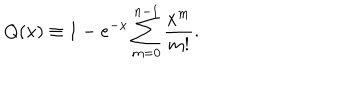
LaTeX: Q ( x ) \equiv 1 - e ^ { - x } \sum _ { m = 0 } ^ { n - 1 } { \frac { x ^ { m } } { m ! } } .